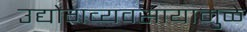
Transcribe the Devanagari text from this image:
उद्योगव्यवसायामुळे